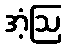
အံ့ဩ